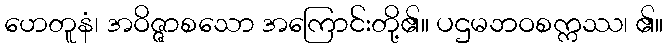
ဟေတူနံ၊ အဝိဇ္ဇာစသော အကြောင်းတို့၏။ ပဌမဘဝစက္ကဿ၊ ၏။